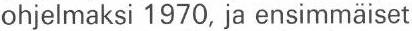
ohjelmaksi 1970, ja ensimmäiset